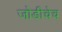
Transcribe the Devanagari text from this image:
जोडीचेच